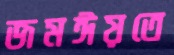
জমঈয়তে